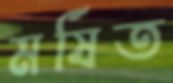
মর্ষিত